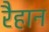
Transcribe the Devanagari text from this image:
रैहान